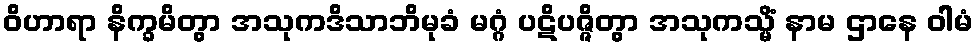
ဝိဟာရာ နိက္ခမိတွာ အသုကဒိသာဘိမုခံ မဂ္ဂံ ပဋိပဇ္ဇိတွာ အသုကသ္မိံ နာမ ဌာနေ ဝါမံ